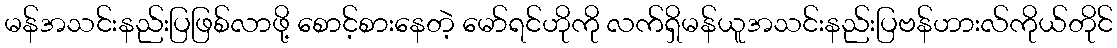
မန်အသင်းနည်းပြဖြစ်လာဖို့ စောင့်စားနေတဲ့ မော်ရင်ဟိုကို လက်ရှိမန်ယူအသင်းနည်းပြဗန်ဟားလ်ကိုယ်တိုင်